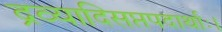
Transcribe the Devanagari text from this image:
द्रव्यादिसप्तपदार्थाः।